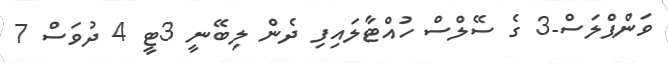
ވަންޕްލަސް-3 ގެ ސޭލްސް ހުއްޓާލައިފި ދެން ލިބޭނީ 3ޓީ 4 ދުވަސް 7